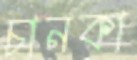
চানকা